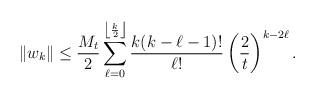
LaTeX: \begin{align*} \|w_k\| \le \frac{M_t}{2} \sum\limits_{\ell=0}^{\left \lfloor \frac{k}{2} \right \rfloor} \frac{k(k-\ell-1)!}{\ell !} \left( \frac{2}{t} \right)^{k - 2\ell}.\end{align*}